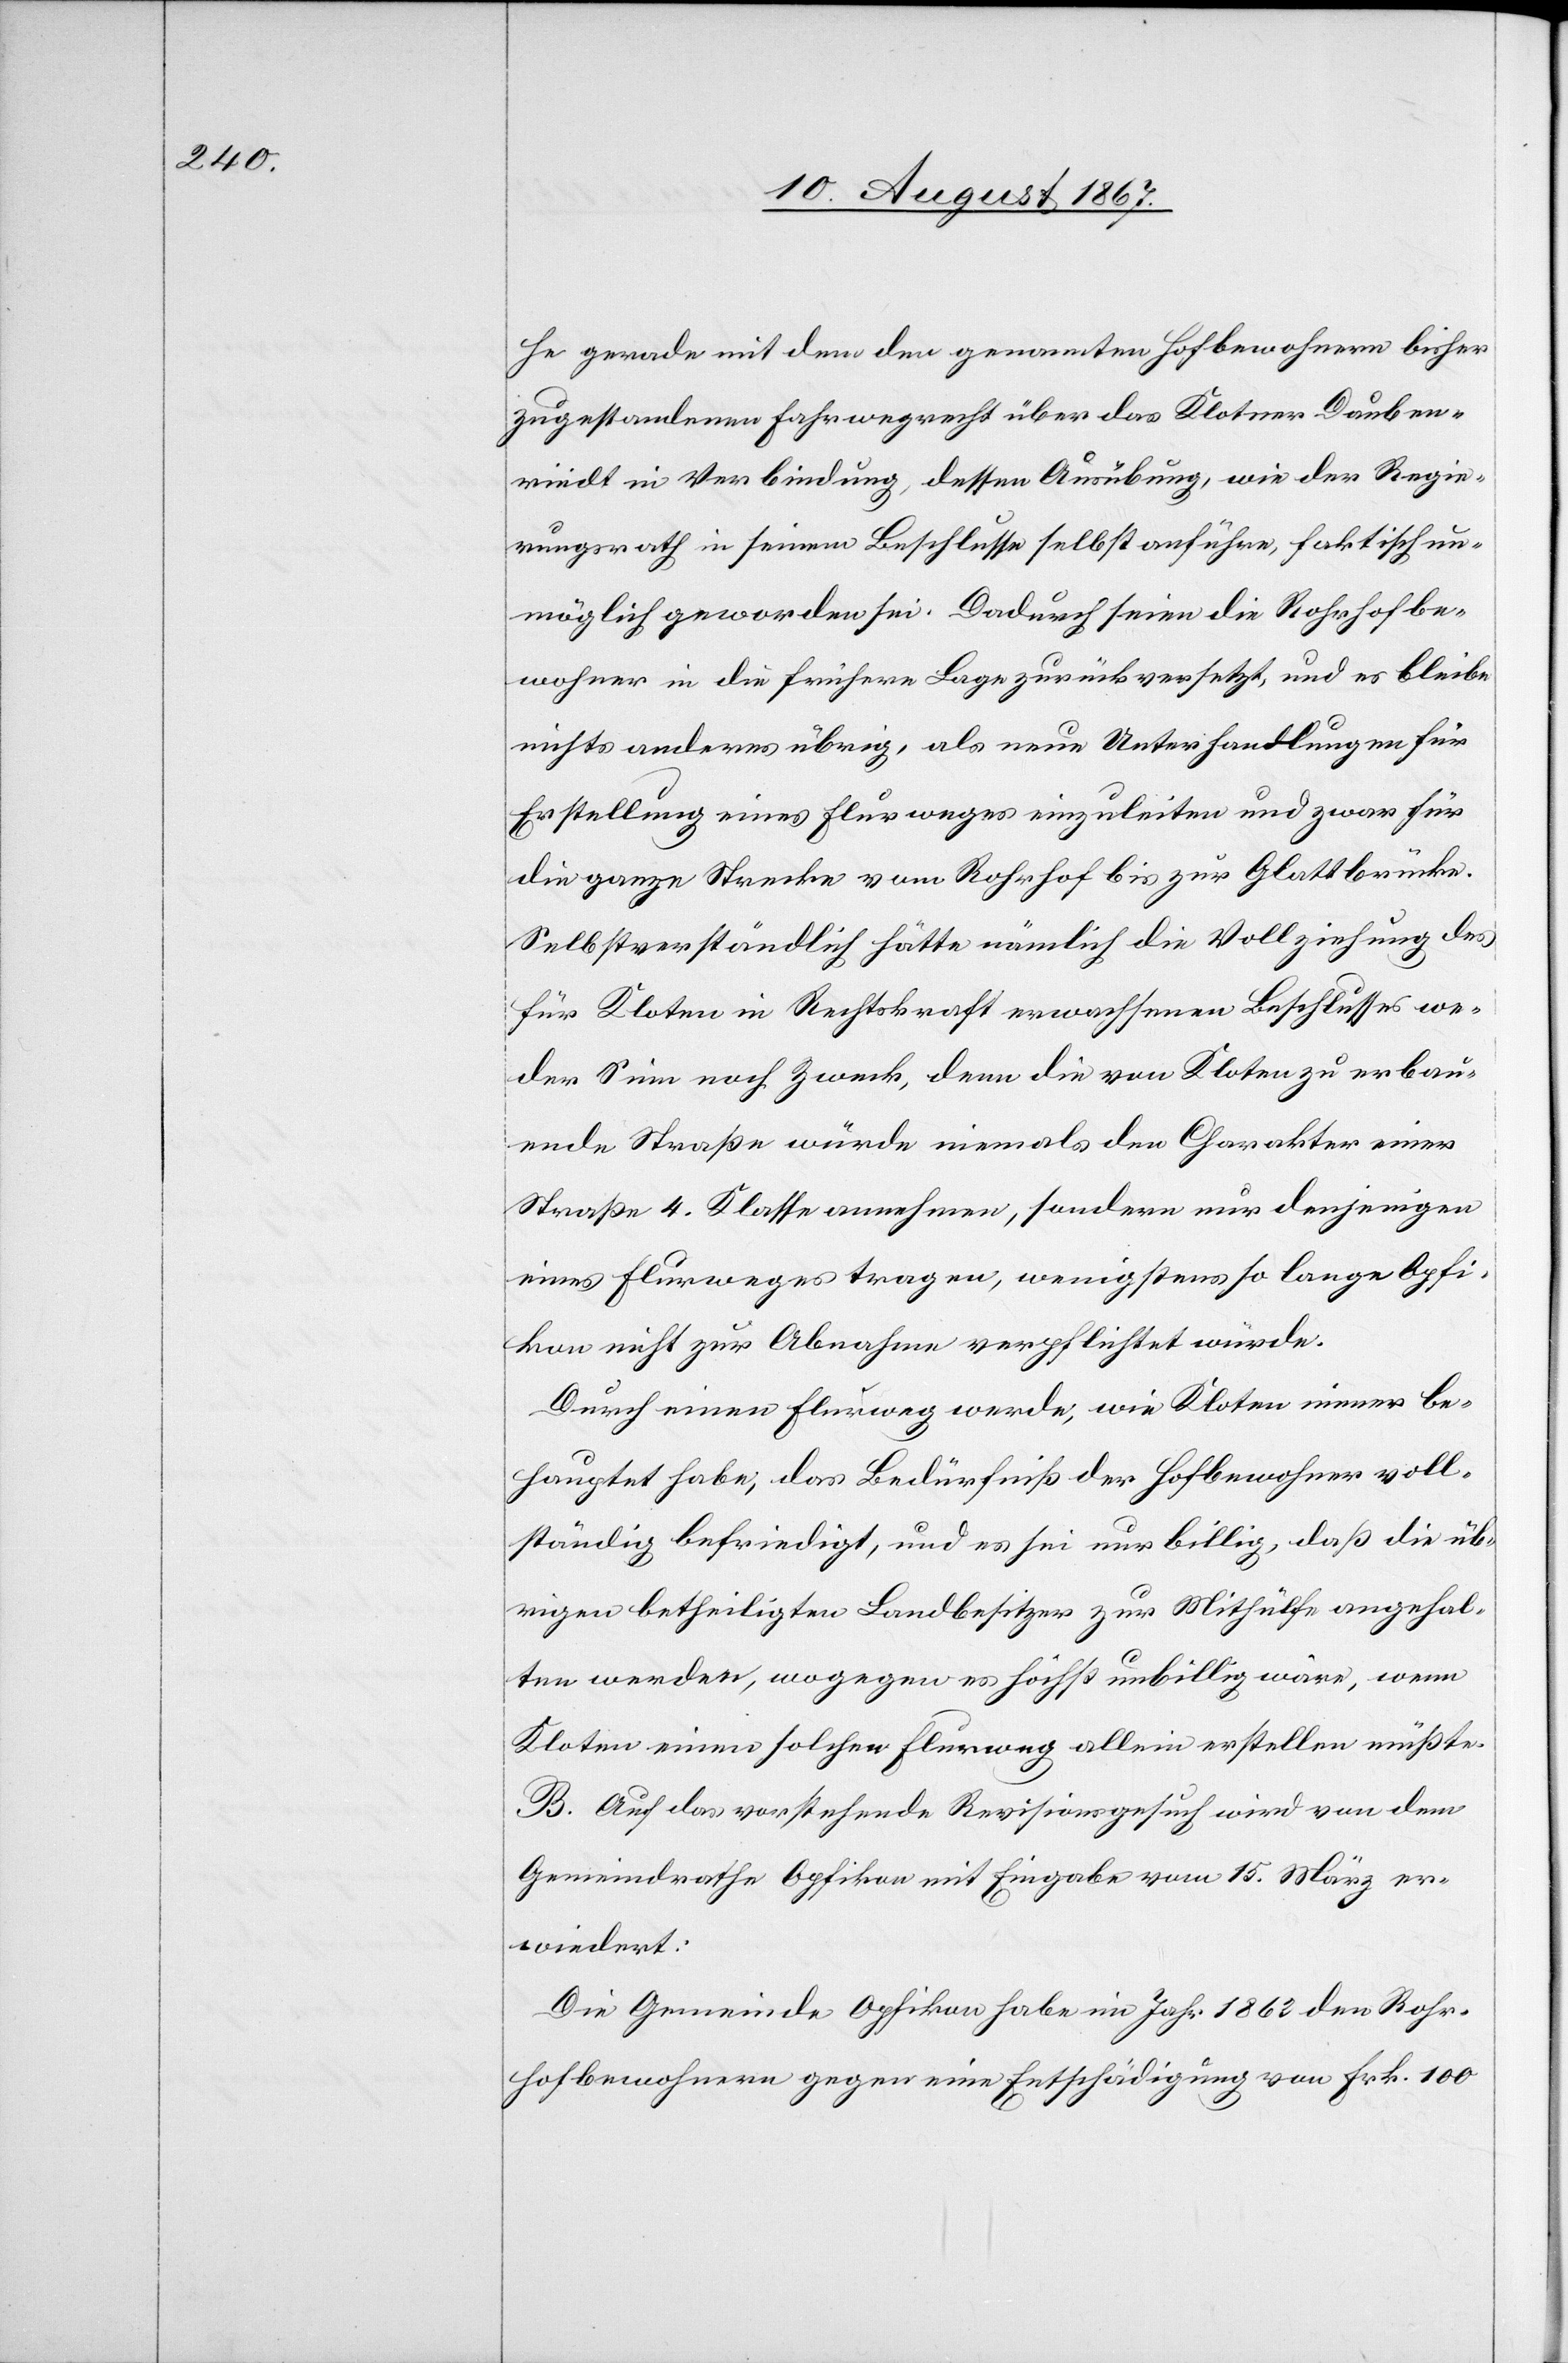
he gerade mit dem den genannten Hofbewohnern bisher
zugestandenen Fahrwegrecht über das Klotner Dauben¬
riedt in Verbindung, dessen Ausübung, wie der Regie¬
rungsrath in seinem Beschlusse selbst anführe, faktisch un¬
möglich geworden sei. Dadurch seien die Rohrhofbe¬
wohner in die frühere Lage zurückversetzt, und es bleibe
nichts anderes übrig, als neue Unterhandlungen für
Erstellung eines Flurweges einzuleiten und zwar für
die ganze Strecke vom Rohrhof bis zur Glattbrücke.
Selbstverständlich hätte nämlich die Vollziehung des
für Kloten in Rechtskraft erwachsenen Beschlusses we¬
der Sinn noch Zweck, denn die von Kloten zu erbau¬
ende Straße würde niemals den Charakter einer
Straße 4. Klasse annehmen, sondern nur denjenigen
eines Flurweges tragen, wenigstens so lange Opfi¬
kon nicht zur Abnahme verpflichtet würde.
Durch einen Flurweg werde, wie Kloten immer be¬
hauptet habe, das Bedürfniß der Hofbewohner voll¬
ständig befriedigt, und es sei nur billig, daß die üb¬
rigen betheiligten Landbesitzer zur Mithülfe angehal¬
ten werden, wogegen es höchst unbillig wäre, wenn
Kloten einen solchen Flurweg allein erstellen müßte.
B. Auf das vorstehende Reivisionsgesuch wird von dem
Gemeindrathe Opfikon mit Eingabe vom 15. März er¬
wiedert:
Die Gemeinde Opfikon habe im Jahr 1862 den Rohr¬
hofbewohnern gegen eine Entschädigung von Frk. 100